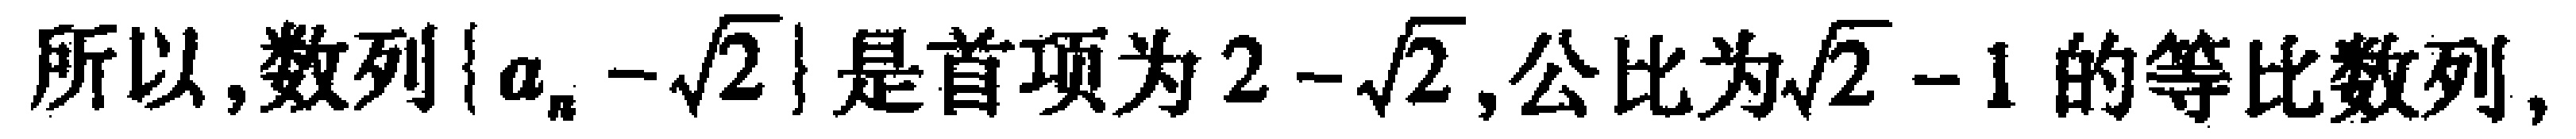
所以,数列\(\{ a_{n}-\sqrt{2}\}\)是首项为\(2 - \sqrt{2}\),公比为\(\sqrt{2}-1\)的等比数列,